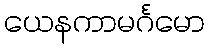
ယေနကာမင်္ဂမော